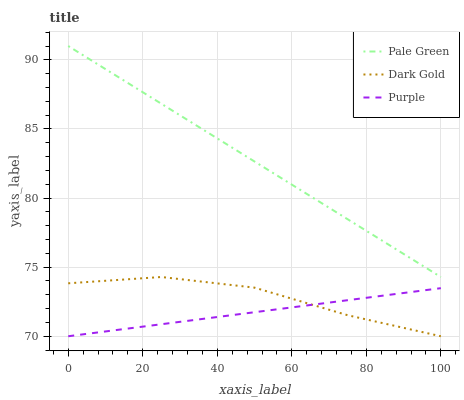
| xaxis_label | Pale Green | Dark Gold | Purple |
 | --- | --- | --- | --- |
 | 0 | 91 | 73.8 | 70 |
 | 25 | 86.8 | 74.3 | 70.9 |
 | 50 | 82.6 | 73.5 | 71.7 |
 | 75 | 78.5 | 71.5 | 72.6 |
 | 100 | 74.3 | 70 | 73.5 |